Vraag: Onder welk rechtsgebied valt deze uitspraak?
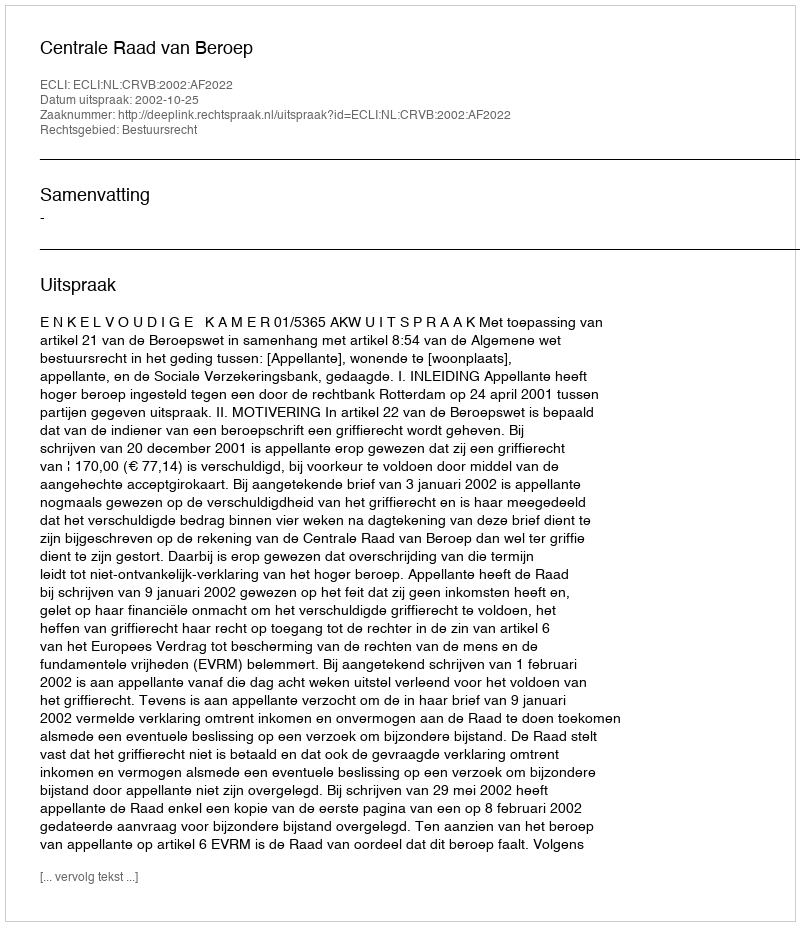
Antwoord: Bestuursrecht